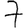
Digit: 7